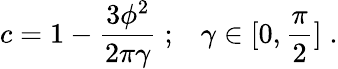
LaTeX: c=1-\frac{3\phi^{2}}{2\pi\gamma}\; ;\; \; \; \gamma\in[0,\frac{\pi}{2}]\; .